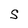
Character: S